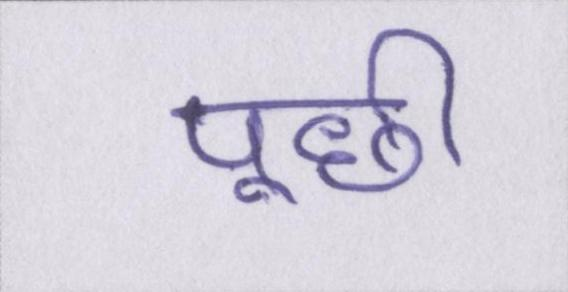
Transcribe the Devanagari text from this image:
पूछी